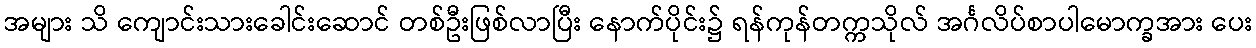
အများ သိ ကျောင်းသားခေါင်းဆောင် တစ်ဦးဖြစ်လာပြီး နောက်ပိုင်း၌ ရန်ကုန်တက္ကသိုလ် အင်္ဂလိပ်စာပါမောက္ခအား ပေး